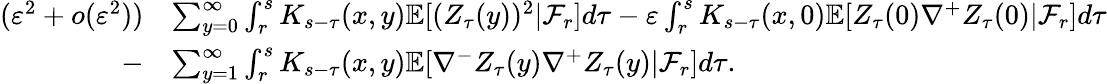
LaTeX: \begin{array}{rl}{(\varepsilon^{2}+o(\varepsilon^{2}))}&{\sum_{y=0}^{\infty}\int_{r}^{s}K_{s-\tau}(x,y)\mathbb{E}[(Z_{\tau}(y))^{2}|\mathcal F_{r}]d\tau-\varepsilon\int_{r}^{s}K_{s-\tau}(x,0)\mathbb{E}[Z_{\tau}(0)\nabla^{+}Z_{\tau}(0)|\mathcal F_{r}]d\tau}\\ {-}&{\sum_{y=1}^{\infty}\int_{r}^{s}K_{s-\tau}(x,y)\mathbb{E}[\nabla^{-}Z_{\tau}(y)\nabla^{+}Z_{\tau}(y)|\mathcal F_{r}]d\tau.}\end{array}